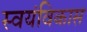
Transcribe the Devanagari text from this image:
स्वयंविकास